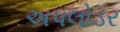
અપલોડર